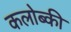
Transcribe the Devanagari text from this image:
कलोब्की